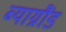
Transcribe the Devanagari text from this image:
ब्याग्रौंड